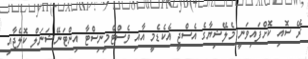
ރޭ ސޮއި ކޮށްފައިވަނީ މެލޭޝިޔާގެ އެސްޖީ އެކެޑެމީ އާއި ވެސްޓްމިނިސްޓާ އިންޓަނޭޝަނަލް ކޮލެޖާއި